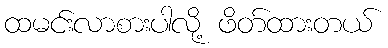
ထမင်းလာစားပါလို့ ဖိတ်ထားတယ်